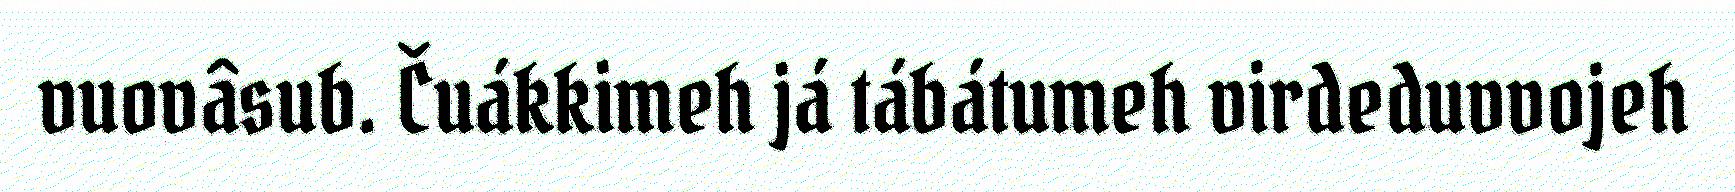
vuovâsub. Čuákkimeh já tábátumeh virdeduvvojeh